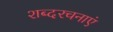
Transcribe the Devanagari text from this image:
शब्दरचनाएं